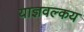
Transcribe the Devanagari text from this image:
याज्ञवल्‍कय